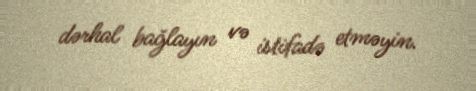
dərhal bağlayın və istifadə etməyin.